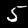
Label: 5